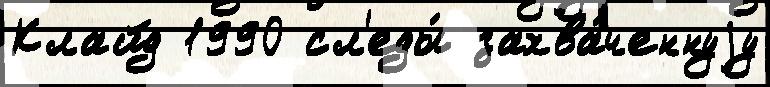
Клайд 1990 сл'еды́ захва́ченнуjу